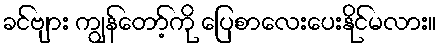
ခင်ဗျား ကျွန်တော့်ကို ပြေစာလေးပေးနိုင်မလား။